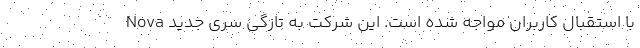
با استقبال کاربران مواجه شده است. این شرکت به تازگی سری جدید Nova